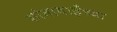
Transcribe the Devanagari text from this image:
शांताबाईंच्या